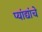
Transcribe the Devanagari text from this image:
प्यांद्यांचे